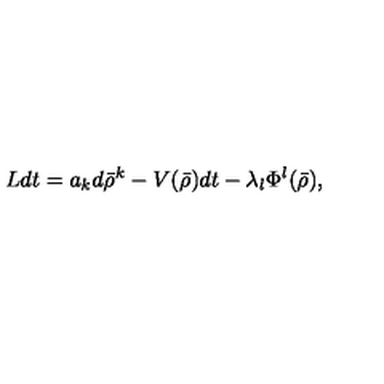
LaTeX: L d t = a _ { k } d \bar { \rho } ^ { k } - V ( \bar { \rho } ) d t - \lambda _ { l } \Phi ^ { l } ( \bar { \rho } ) ,